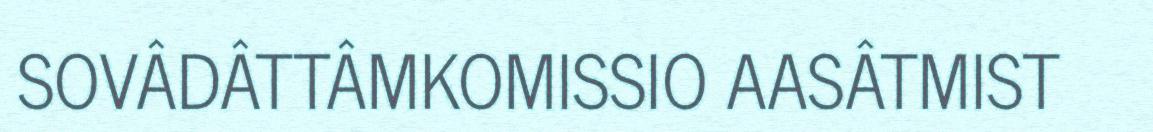
SOVÂDÂTTÂMKOMISSIO AASÂTMIST